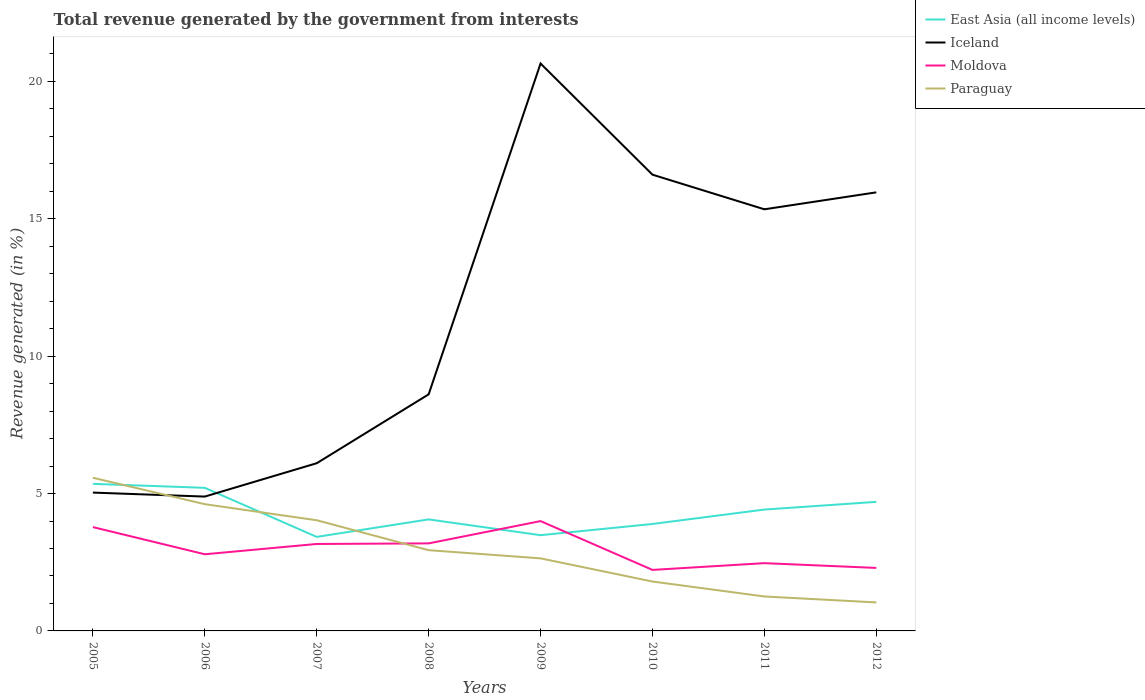
| Years | East Asia (all income levels) | Iceland | Moldova | Paraguay |
 | --- | --- | --- | --- | --- |
 | 2005 | 5.35 | 5.03 | 3.78 | 5.57 |
 | 2006 | 5.21 | 4.89 | 2.79 | 4.61 |
 | 2007 | 3.42 | 6.1 | 3.17 | 4.03 |
 | 2008 | 4.06 | 8.61 | 3.19 | 2.94 |
 | 2009 | 3.48 | 20.7 | 4 | 2.64 |
 | 2010 | 3.89 | 16.6 | 2.22 | 1.8 |
 | 2011 | 4.42 | 15.3 | 2.47 | 1.25 |
 | 2012 | 4.7 | 16 | 2.29 | 1.04 |